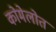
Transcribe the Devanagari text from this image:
कोमेलोत